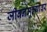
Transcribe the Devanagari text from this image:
जीवनमूल्यांवर